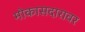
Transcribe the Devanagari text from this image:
मोकासदारावर